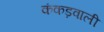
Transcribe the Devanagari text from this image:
कंकड़वाली